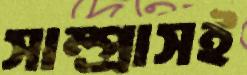
সাম্প্রাসই